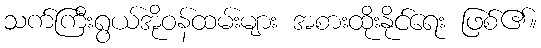
သက်ကြီးရွယ်အိုဝန်ထမ်းများ အစားထိုးနိုင်ရေး ဖြစ်၏။